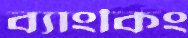
ব্যাংকিং